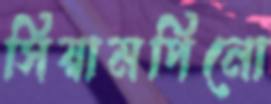
সিয়ামপিনো